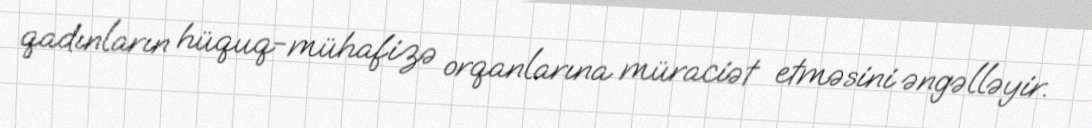
qadınların hüquq-mühafizə orqanlarına müraciət etməsini əngəlləyir.